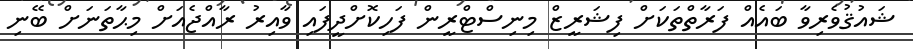
ޝައުޤުވެރިވާ ބައެއް ފަރާތްތަކަށް ފިޝަރީޒް މިނިސްޓްރީން ފަހިކޮށްދީފައި ވާއިރު ރާއްޖެއަށް މިޙާތަނަށް ބޭނި